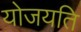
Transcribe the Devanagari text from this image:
योजयति